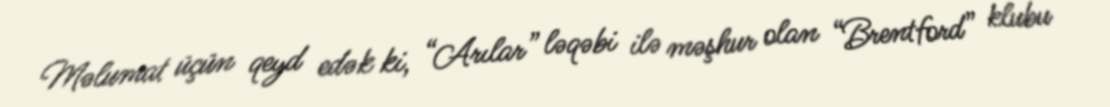
Məlumat üçün qeyd edək ki, “Arılar” ləqəbi ilə məşhur olan “Brentford” klubu